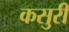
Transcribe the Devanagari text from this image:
कसुरी